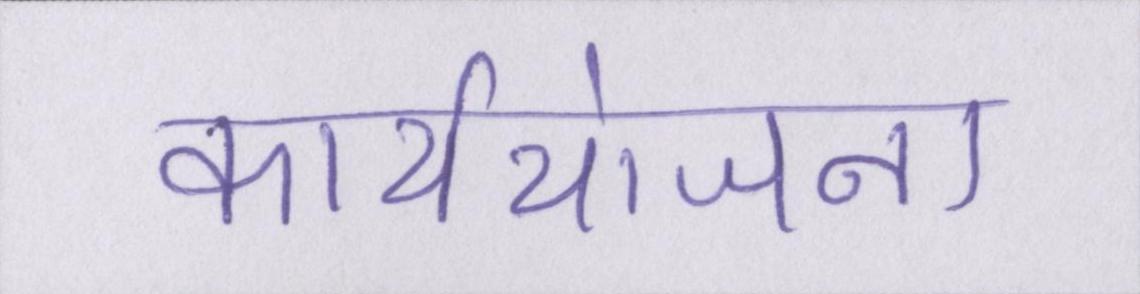
कार्ययोजना